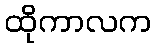
ထိုကာလက